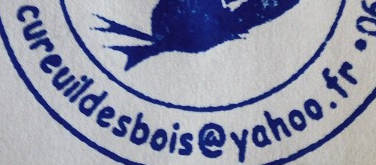
cureuildesbois@yahoo.fr